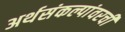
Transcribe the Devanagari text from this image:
अर्थसंकल्पांवरची